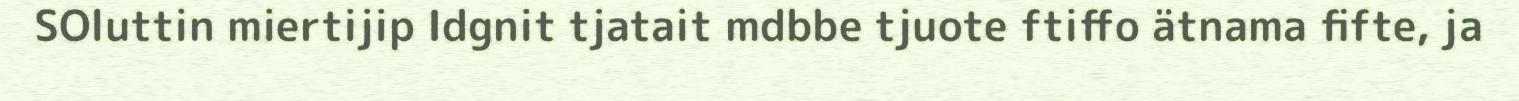
SOluttin miertijip Idgnit tjatait mdbbe tjuote ftiffo ätnama fifte, ja